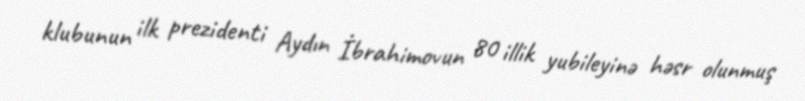
klubunun ilk prezidenti Aydın İbrahimovun 80 illik yubileyinə həsr olunmuş